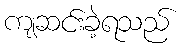
ကျဆင်းခဲ့ရသည်